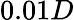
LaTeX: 0.01D